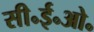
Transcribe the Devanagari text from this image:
सी॰ई॰ओ॰